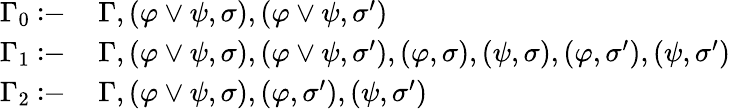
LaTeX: \begin{array}{rl}{\Gamma_{0}\coloneq\, }&{\Gamma,(\varphi\vee\psi,\sigma),(\varphi\vee\psi,\sigma^{\prime})}\\ {\Gamma_{1}\coloneq\, }&{\Gamma,(\varphi\vee\psi,\sigma),(\varphi\vee\psi,\sigma^{\prime}),(\varphi,\sigma),(\psi,\sigma),(\varphi,\sigma^{\prime}),(\psi,\sigma^{\prime})}\\ {\Gamma_{2}\coloneq\, }&{\Gamma,(\varphi\vee\psi,\sigma),(\varphi,\sigma^{\prime}),(\psi,\sigma^{\prime})}\end{array}